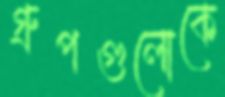
গ্রুপগুলোকে